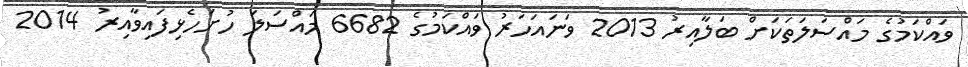
ވައްކަމުގެ މައްސަލަތަކަށް ބަލާއިރު 2013 ވަނައަހަރު ވައްކަމުގެ 6682 މައްސަލަ ހުށަހެޅިފައިވާއިރު 2014